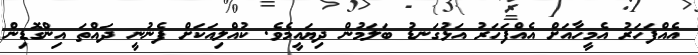
އެއްފަހަރު އެމީހާއަށް އެއްފަހަރު އަޅުގަނޑު ބަލަމުން ދިޔައީމެވެ. ކުއްލިއަކަށް ފެނުނީ ދައްތަ އިންގޮޑިން